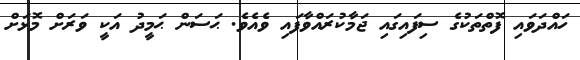
ހައްދަވައި ފޮތްތަކުގެ ސިފައިގައި ޖަމާކުރައްވާފައި ވެއެވެ. ޙަސަން ޙަމީދު އަކީ ވަރަށް މޮޅަށް